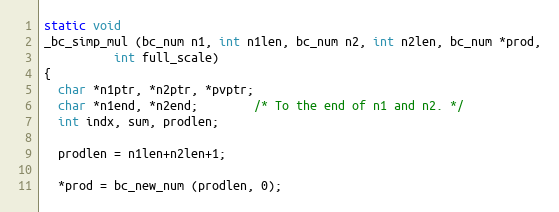
Language: C++
static void
_bc_simp_mul (bc_num n1, int n1len, bc_num n2, int n2len, bc_num *prod,
	      int full_scale)
{
  char *n1ptr, *n2ptr, *pvptr;
  char *n1end, *n2end;		/* To the end of n1 and n2. */
  int indx, sum, prodlen;

  prodlen = n1len+n2len+1;

  *prod = bc_new_num (prodlen, 0);